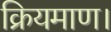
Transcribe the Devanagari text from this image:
क्रियमाण।